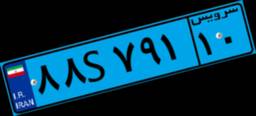
۰۶S۰۳۸۰۵